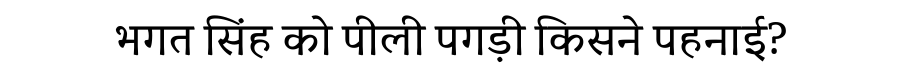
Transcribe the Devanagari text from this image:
भगत सिंह को पीली पगड़ी किसने पहनाई?